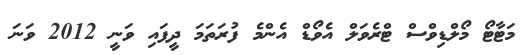
މަޓާޓޯ މޯލްޑިވްސް ޓްރެވަލް އެވޯޑް އެންމެ ފުރަތަމަ ދީފައި ވަނީ 2012 ވަނަ